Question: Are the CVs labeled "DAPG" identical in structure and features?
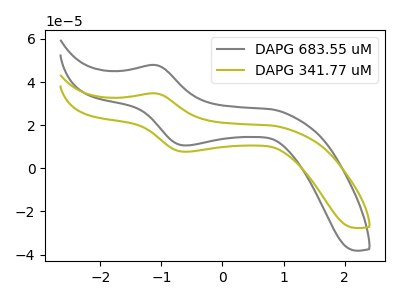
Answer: <think>The gray curve "DAPG 683.55 uM" has an anodic peak at (-1.10V, 47.90uA) and a cathodic peak at (-0.55V, 10.60uA). The olive curve "DAPG 341.77 uM" has an anodic peak at (-1.10V, 34.75uA) and a cathodic peak at (-0.55V, 7.70uA).
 All the peaks in "DAPG 683.55 uM" have a peak in "DAPG 341.77 uM" at the same potential.</think>
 <answer>All the CV's of "DAPG" have similar shape.</answer>
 <eval>follow_rule</eval>